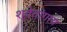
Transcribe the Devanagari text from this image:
श्वेतांगाय